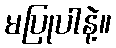
မပြုပါနဲ့။